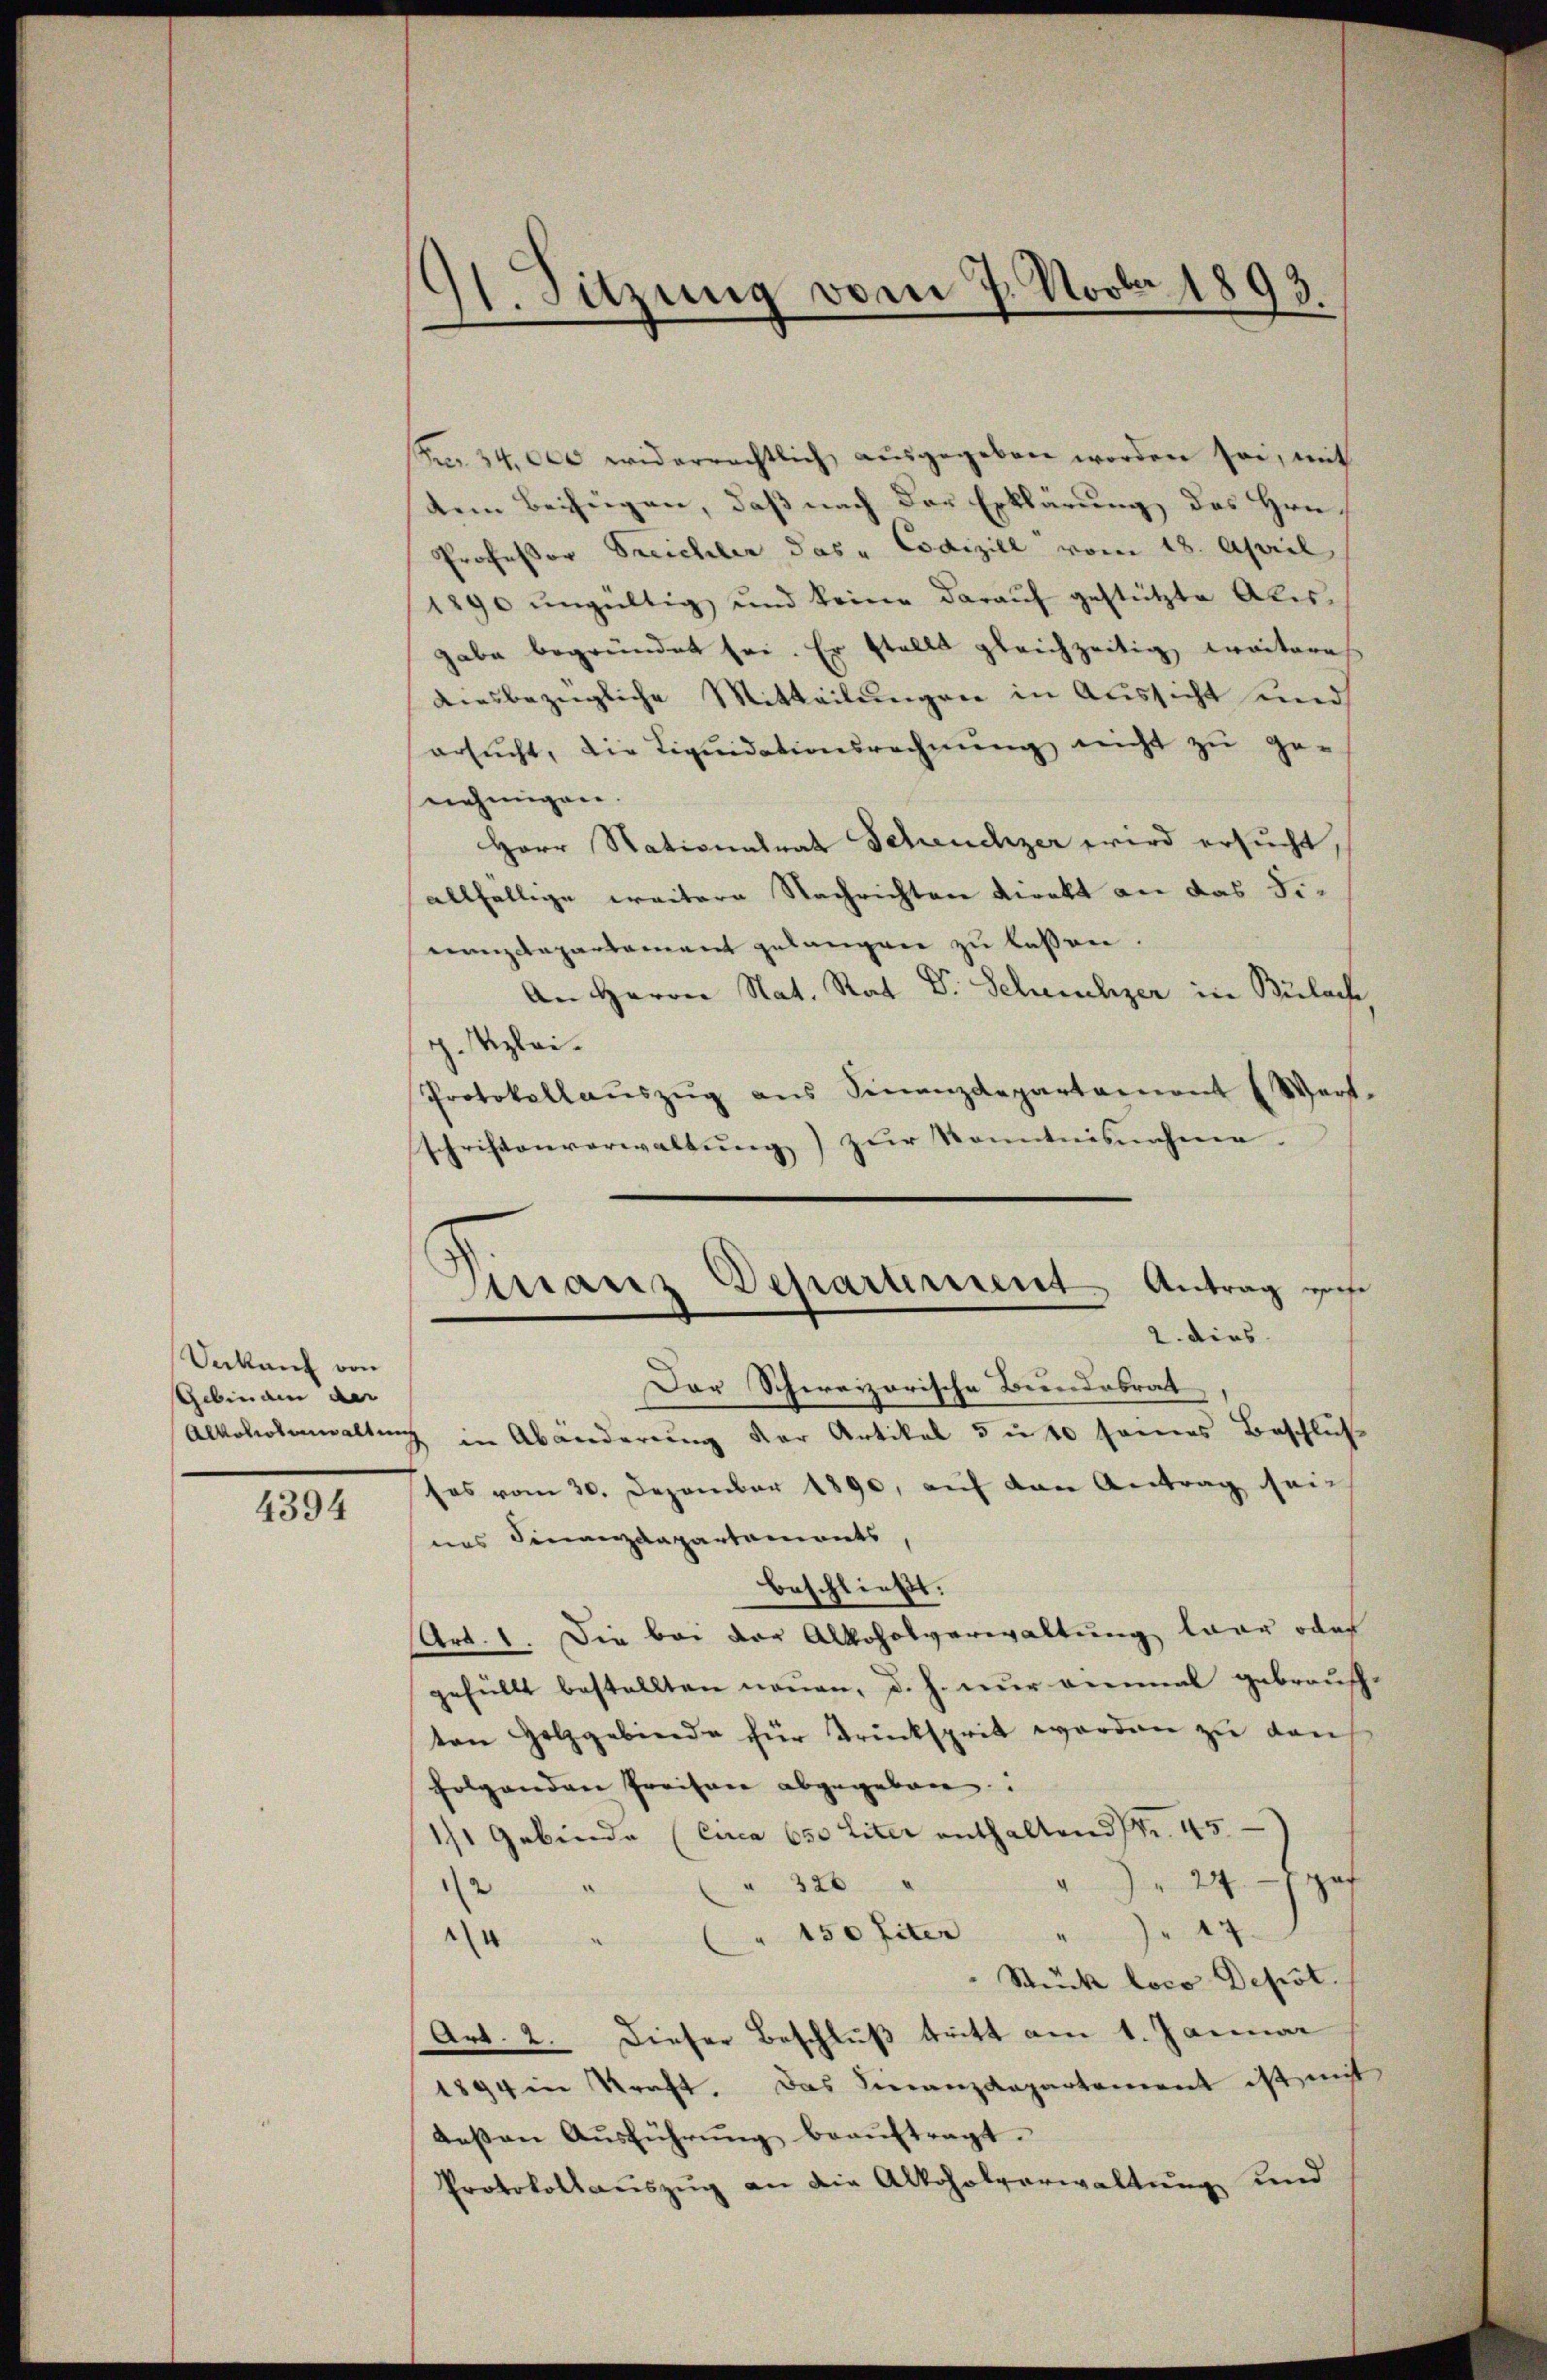
Ankauf von
Gebinam der

4394

11. Sitzung vom 7. Novbr 1893.

(p. 34,000 widerrechtlich aŭsgegeben worden sei, mit
dem Beifügen, daß nach der Erklärung des Hrn.
Professor Treichler das " Codiziel vom 18. April
1890 ungültig und keine darauf gestützte Alisgabe begründet sei. Er stellt gleichzeitig Craiteres
diesbezügliche Mitteilungen in Aussicht und
ersŭcht, die Liqŭidationsrechnŭng nicht zu ge-
nehmigen.
Herr Stationalrat Scheuchzer wird ersucht,
allfällige weitere Nachrichten direkt an das Finanzdepartement gelangen zu lassen
An Herrn Nat. Rat Dr. Scheuchzer in Bulache,
p. Klei¬
Protokollaŭszŭg ans Finanzdepartament (Wert-
schriftenverwaltung) zur Kenntnisnahme.

Finanz Departement Antrag wes
2. dies
Der Schweizerische Bundesrat

Alkoholenwaltung in Abänderung der Artikel 5 u 10 seines Beschluß
ses vom 30. Dezember 1890, auf den Antrag seines Finanzdepartements,
beschließt:
Art. 1. Die bei der Alkoholverwaltung baar oder
gefüllt bestellten neuen, d. h. nur einmal gebrauchten Holzgebinde für drücksprit worden zu kauf
folgenden Preisen abgegeben
1/1 Gebinde (Circa 650 liter enthaltend Fr. 45.
326
" 24. Hof
2
A
150 fiter "
4
Stück loco Depost.
Art. 2. Dieser Beschluß tritt am 1. Januar
1894 in Straft. Das Finanzdepartement ist mit
deβen Aŭsführŭng beaŭftragt.
Protokollaŭszŭg an die Alkoholverwaltung und